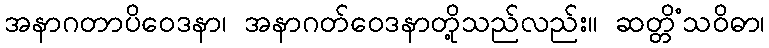
အနာဂတာပိဝေဒနာ၊ အနာဂတ်ဝေဒနာတို့သည်လည်း။ ဆတ္တိံသဝိဓာ၊